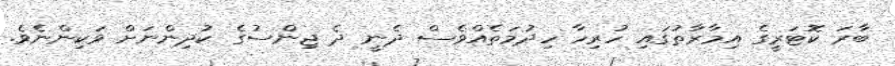
ބާރަ ކޮޓަރީގެ އިމާރާތުގައި ހުރިހާ ހިދުމަތެއްވެސް ދެނީ ދެ ޖިންސުގެ ކުދިންނަށް ވަކިންނެވެ.